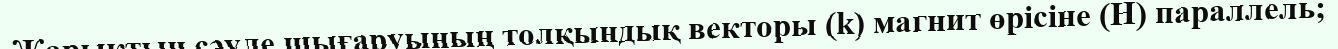
Жарықтың сәуле шығаруының толқындық векторы (k) магнит өрісіне (Н) параллель;